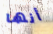
أنها